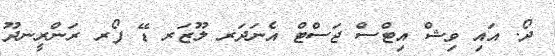
ދޯ. އައި ވިޝް އިޓްސް ޖަސްޓް އެނަދަރ ލޫޒަރ ޑޭ ފޯރ ރަންރީނދޫ